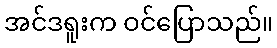
အင်ဒရူးက ဝင်ပြောသည်။